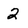
Character: 2